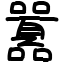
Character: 囂